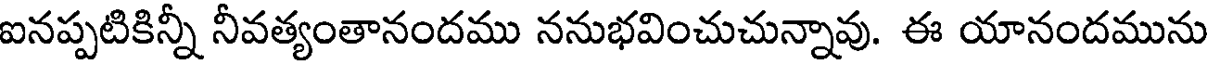
ఐనప్పటికిన్నీ నీవత్యంతానందము ననుభవించుచున్నావు. ఈ యానందమును